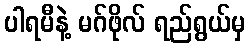
ပါရမီနဲ့ မဂ်ဖိုလ် ရည်ရွယ်မှ